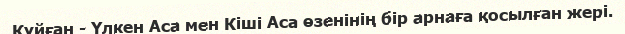
Құйған - Үлкен Аса мен Кіші Аса өзенінің бір арнаға қосылған жері.